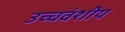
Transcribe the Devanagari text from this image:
उच्चवंशीय